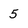
Character: 5